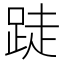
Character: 跿